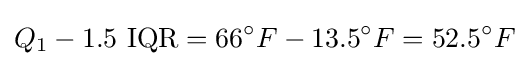
Q_{1}-1.5{\text{ IQR}}=66^{\circ }F-13.5^{\circ }F=52.5^{\circ }F